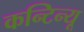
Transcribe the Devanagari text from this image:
कन्टिन्यू